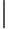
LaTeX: \vert